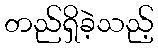
တည်ရှိခဲ့သည့်